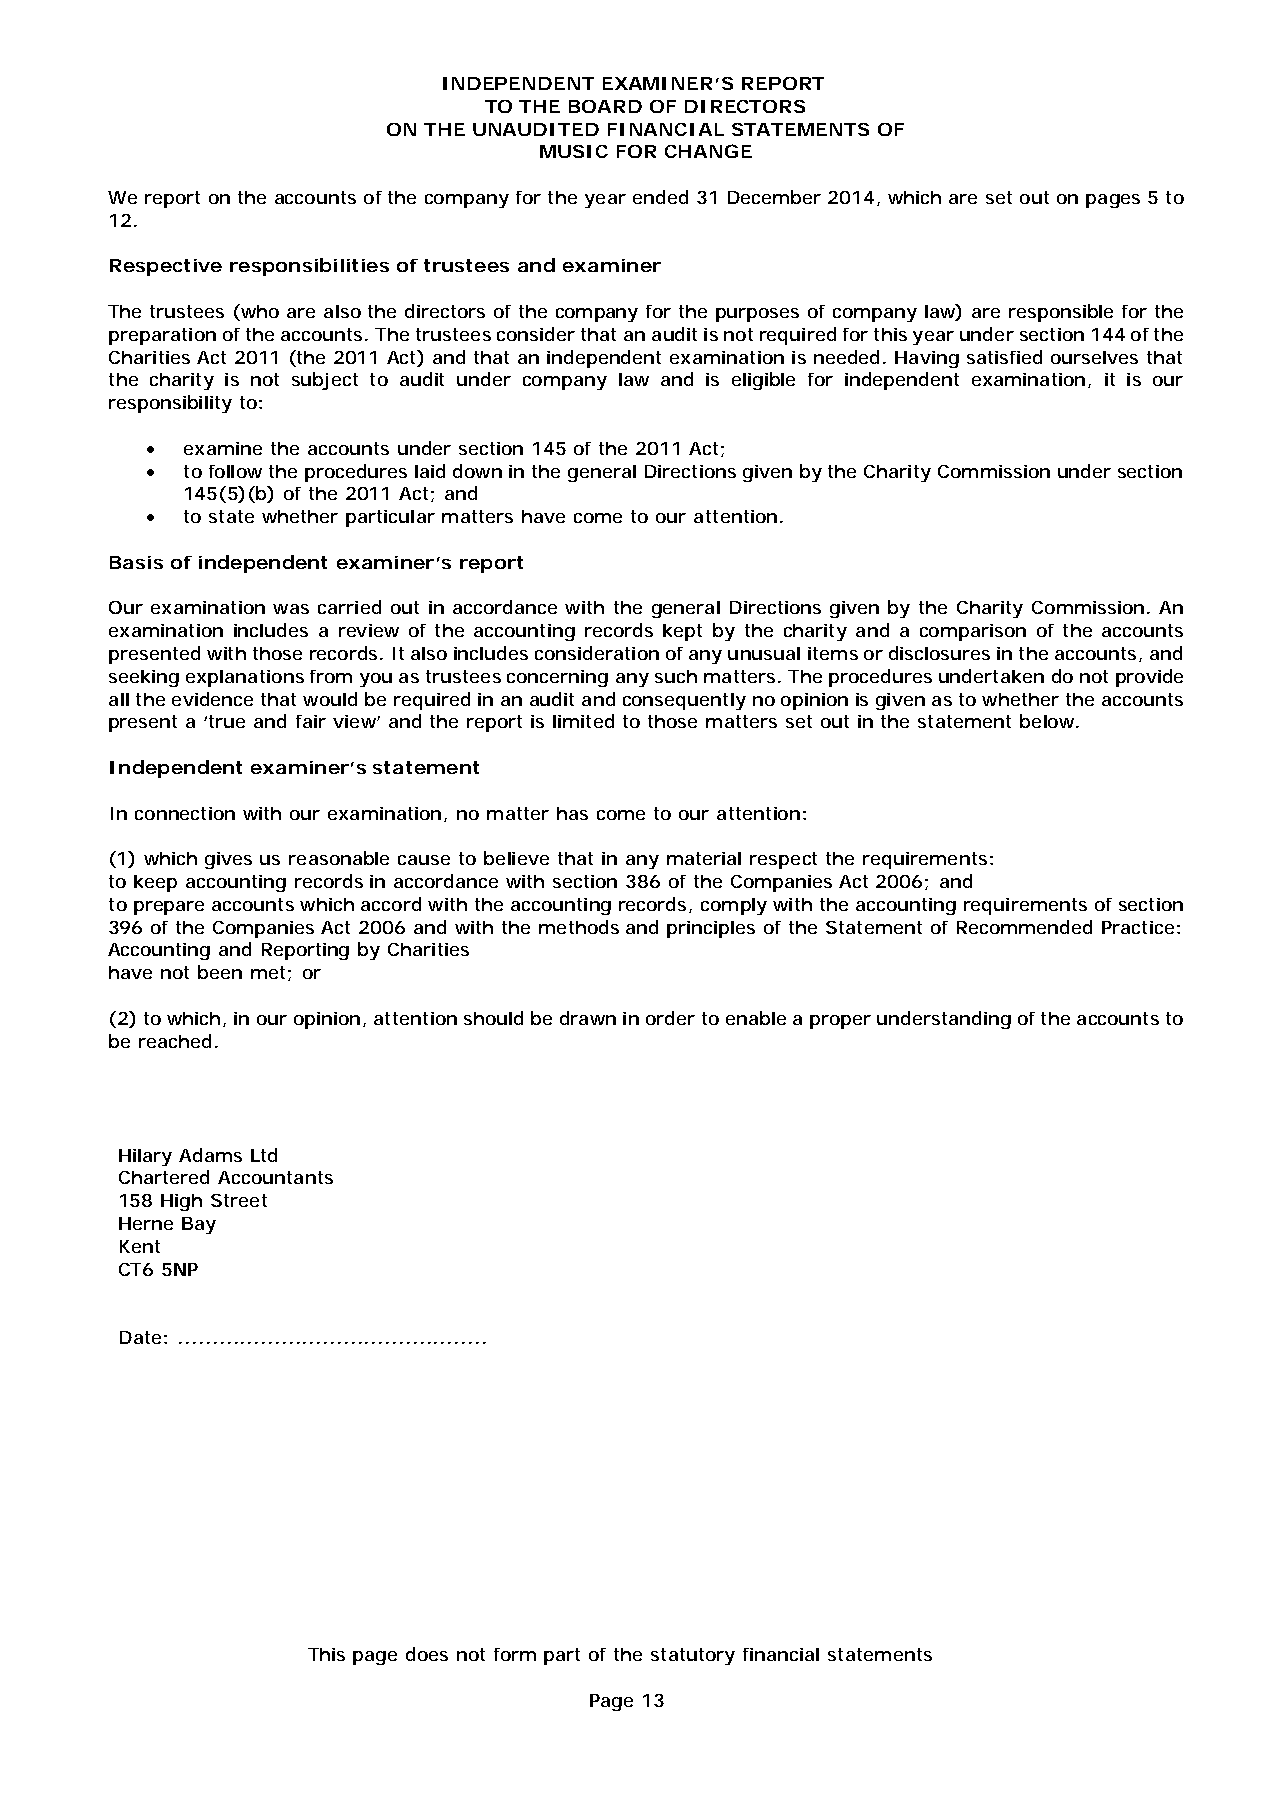
INDEPENDENT EXAMINER’S REPORT
 TO THE BOARD OF DIRECTORS
 ON THE UNAUDITED FINANCIAL STATEMENTS OF
 MUSIC FOR CHANGE
 We report on the accounts of the company for the year ended 31 December 2014, which are set out on pages 5 to
 12.
 Respective responsibilities of trustees and examiner
 The trustees (who are also the directors of the company for the purposes of company law) are responsible for the
 preparation of the accounts. The trustees consider that an audit is not required for this year under section 144 of the
 Charities Act 2011 (the 2011 Act) and that an independent examination is needed. Having satisfied ourselves that
 the charity is not subject to audit under company law and is eligible for independent examination, it is our
 responsibility to:
 • examine the accounts under section 145 of the 2011 Act;
 • to follow the procedures laid down in the general Directions given by the Charity Commission under section
 145(5)(b) of the 2011 Act; and
 • to state whether particular matters have come to our attention.
 Basis of independent examiner’s report
 Our examination was carried out in accordance with the general Directions given by the Charity Commission. An
 examination includes a review of the accounting records kept by the charity and a comparison of the accounts
 presented with those records. It also includes consideration of any unusual items or disclosures in the accounts, and
 seeking explanations from you as trustees concerning any such matters. The procedures undertaken do not provide
 all the evidence that would be required in an audit and consequently no opinion is given as to whether the accounts
 present a ‘true and fair view’ and the report is limited to those matters set out in the statement below.
 Independent examiner’s statement
 In connection with our examination, no matter has come to our attention:
 (1) which gives us reasonable cause to believe that in any material respect the requirements:
 to keep accounting records in accordance with section 386 of the Companies Act 2006; and
 to prepare accounts which accord with the accounting records, comply with the accounting requirements of section
 396 of the Companies Act 2006 and with the methods and principles of the Statement of Recommended Practice:
 Accounting and Reporting by Charities
 have not been met; or
 (2) to which, in our opinion, attention should be drawn in order to enable a proper understanding of the accounts to
 be reached.
 Hilary Adams Ltd
 Chartered Accountants
 158 High Street
 Herne Bay
 Kent
 CT6 5NP
 Date: .............................................
 This page does not form part of the statutory financial statements
 Page 13